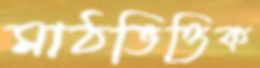
মাঠভিত্তিক